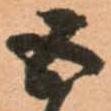
五